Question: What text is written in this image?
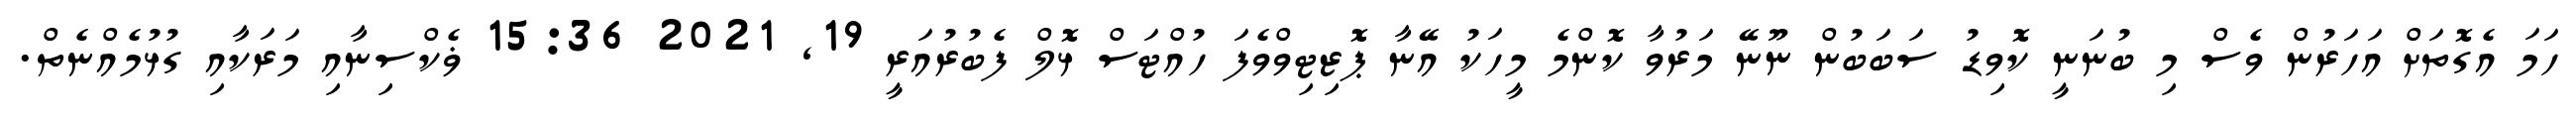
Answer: ހަމަ އެގޮތަށް އަހަރުން ވެސް މި ބުނަނީ ކޮވިޑު ސަބަބުން ނޫނޭ މަރުވާ ކޮންމެ މީހަކު އޭނާ ޕޮޒިޓިވްވެފަ ހުއްޓަސް ޅޮލް ފެބުރުއަރީ 19, 2021 15:36 ޥެކްސިނާއި މަރަކާއި ގުޅުމެއްނެތް.